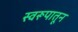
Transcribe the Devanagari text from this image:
स्वरूपातून